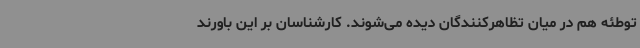
توطئه هم در میان تظاهرکنندگان دیده می‌شوند. کارشناسان بر این باورند